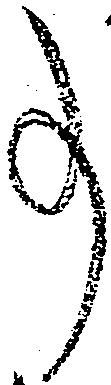
事